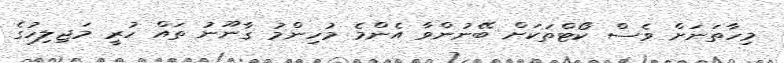
މިހާތަނަށް ވެސް ކޯޓްތަކަށް ބޭނުންވާ އެންމެ މުހިންމު ގާނޫނު ތައް ހުރީ މަޖިލިހުގެ